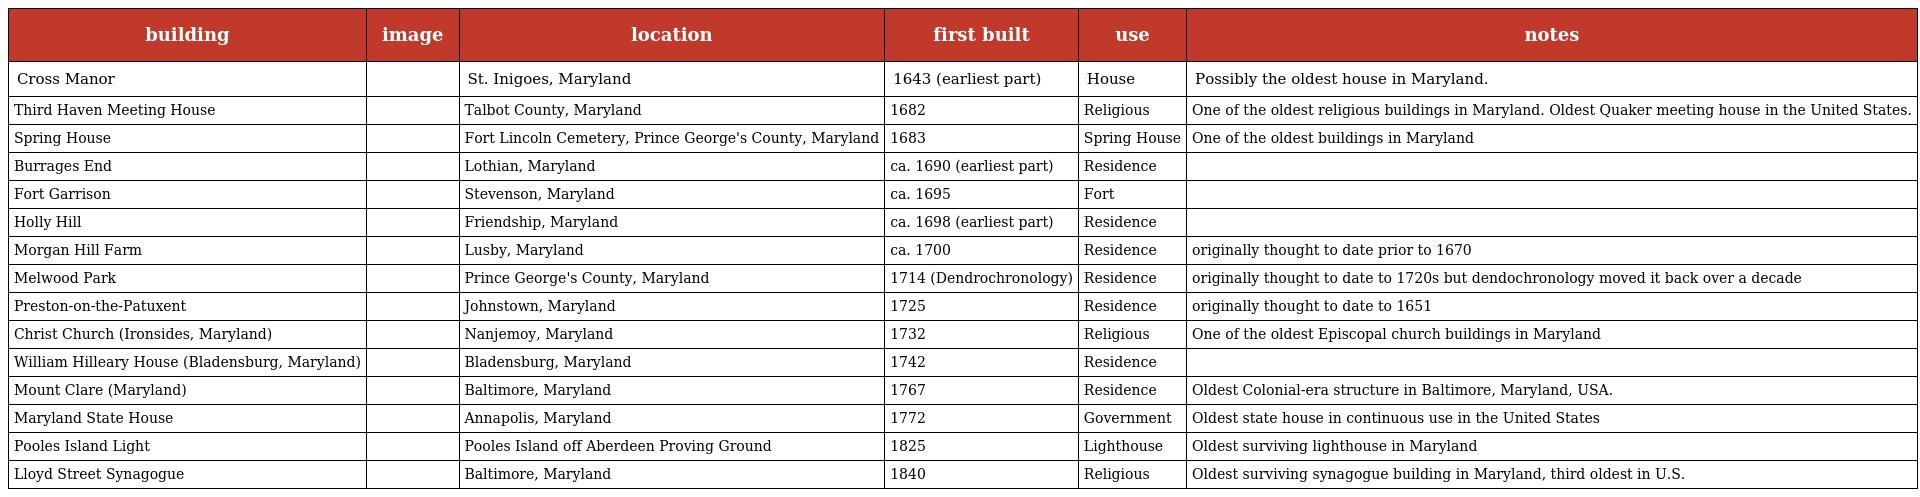
| building | image | location | first built | use | notes |
 | --- | --- | --- | --- | --- | --- |
 | Cross Manor |  | St. Inigoes, Maryland | 1643 (earliest part) | House | Possibly the oldest house in Maryland. |
 | Third Haven Meeting House |  | Talbot County, Maryland | 1682 | Religious | One of the oldest religious buildings in Maryland. Oldest Quaker meeting house in the United States. |
 | Spring House |  | Fort Lincoln Cemetery, Prince George's County, Maryland | 1683 | Spring House | One of the oldest buildings in Maryland |
 | Burrages End |  | Lothian, Maryland | ca. 1690 (earliest part) | Residence |  |
 | Fort Garrison |  | Stevenson, Maryland | ca. 1695 | Fort |  |
 | Holly Hill |  | Friendship, Maryland | ca. 1698 (earliest part) | Residence |  |
 | Morgan Hill Farm |  | Lusby, Maryland | ca. 1700 | Residence | originally thought to date prior to 1670 |
 | Melwood Park |  | Prince George's County, Maryland | 1714 (Dendrochronology) | Residence | originally thought to date to 1720s but dendochronology moved it back over a decade |
 | Preston-on-the-Patuxent |  | Johnstown, Maryland | 1725 | Residence | originally thought to date to 1651 |
 | Christ Church (Ironsides, Maryland) |  | Nanjemoy, Maryland | 1732 | Religious | One of the oldest Episcopal church buildings in Maryland |
 | William Hilleary House (Bladensburg, Maryland) |  | Bladensburg, Maryland | 1742 | Residence |  |
 | Mount Clare (Maryland) |  | Baltimore, Maryland | 1767 | Residence | Oldest Colonial-era structure in Baltimore, Maryland, USA. |
 | Maryland State House |  | Annapolis, Maryland | 1772 | Government | Oldest state house in continuous use in the United States |
 | Pooles Island Light |  | Pooles Island off Aberdeen Proving Ground | 1825 | Lighthouse | Oldest surviving lighthouse in Maryland |
 | Lloyd Street Synagogue |  | Baltimore, Maryland | 1840 | Religious | Oldest surviving synagogue building in Maryland, third oldest in U.S. |